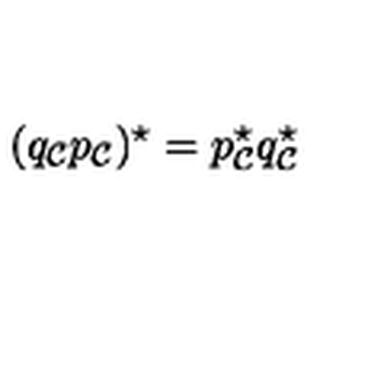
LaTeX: ( q _ { \cal C } p _ { \cal C } ) ^ { \star } = p _ { \cal C } ^ { \star } q _ { \cal C } ^ { \star }